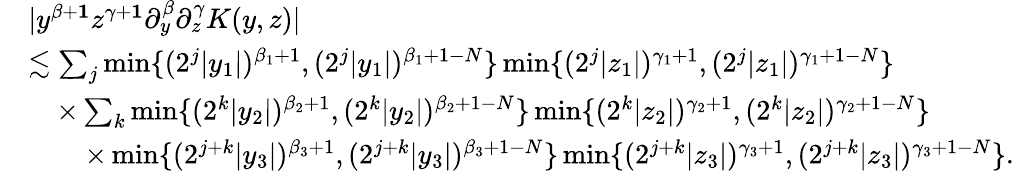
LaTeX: \begin{array}{rl}&{|y^{\beta+\mathbf{1}}z^{\gamma+\mathbf{1}}\partial_{y}^{\beta}\partial_{z}^{\gamma}K(y,z)|}\\ &{\lesssim\sum_{j}\operatorname*{min}\{ (2^{j}|y_{1}|)^{\beta_{1}+1},(2^{j}|y_{1}|)^{\beta_{1}+1-N}\} \operatorname*{min}\{ (2^{j}|z_{1}|)^{\gamma_{1}+1},(2^{j}|z_{1}|)^{\gamma_{1}+1-N}\} }\\ &{\quad\times\sum_{k}\operatorname*{min}\{ (2^{k}|y_{2}|)^{\beta_{2}+1},(2^{k}|y_{2}|)^{\beta_{2}+1-N}\} \operatorname*{min}\{ (2^{k}|z_{2}|)^{\gamma_{2}+1},(2^{k}|z_{2}|)^{\gamma_{2}+1-N}\} }\\ &{\qquad\times\operatorname*{min}\{ (2^{j+k}|y_{3}|)^{\beta_{3}+1},(2^{j+k}|y_{3}|)^{\beta_{3}+1-N}\} \operatorname*{min}\{ (2^{j+k}|z_{3}|)^{\gamma_{3}+1},(2^{j+k}|z_{3}|)^{\gamma_{3}+1-N}\} .}\end{array}